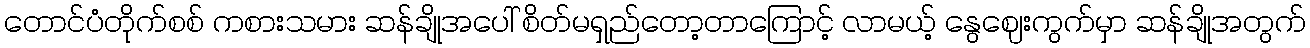
တောင်ပံတိုက်စစ် ကစားသမား ဆန်ချိုအပေါ် စိတ်မရှည်တော့တာကြောင့် လာမယ့် နွေဈေးကွက်မှာ ဆန်ချိုအတွက်